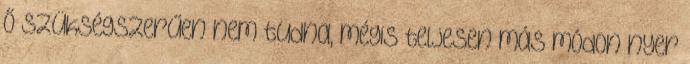
ő szükségszerűen nem tudna, mégis teljesen más módon nyer